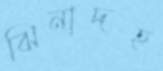
ঝিনাদহ